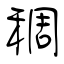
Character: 稠